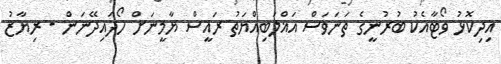
އިދިކޮޅު ވޯޓާއެކު ބުރުނީގެ ތަނަވަސް އަޣްލަބިއްޔަތު ރައީސް ޔާމީނަށް ހޯދައިދޭނަން - ރިޔާޒު